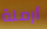
أرملة